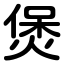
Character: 煲